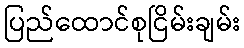
ပြည်ထောင်စုငြိမ်းချမ်း